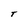
Character: T